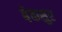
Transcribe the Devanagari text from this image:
बेकसुर